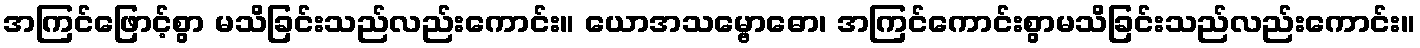
အကြင်ဖြောင့်စွာ မသိခြင်းသည်လည်းကောင်း။ ယောအသမ္ဗောဓော၊ အကြင်ကောင်းစွာမသိခြင်းသည်လည်းကောင်း။